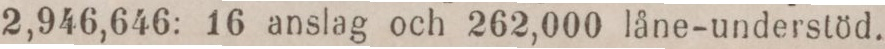
2,946,646: 16 anslag och 262,000 låne-understöd.